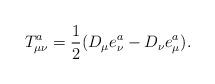
LaTeX: \begin{align*}T_{\mu \nu }^a=\frac 12(D_\mu e_\nu ^a-D_\nu e_\mu ^a).\end{align*}